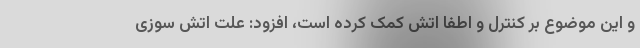
و این موضوع بر کنترل و اطفا اتش کمک کرده است، افزود: علت اتش سوزی